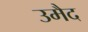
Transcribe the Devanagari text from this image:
उमैद